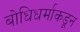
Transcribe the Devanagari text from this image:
बोधिधर्माकडून